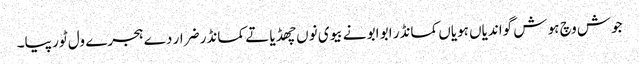
جوش وچ ہو ش گواندیاں ہویاں کمانڈر ابو ابو نے بیوی نوں چھڈیا تے کمانڈر ضرار دے ہجرے ول ٹور پیا۔